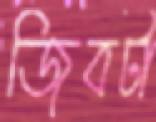
জিবটা